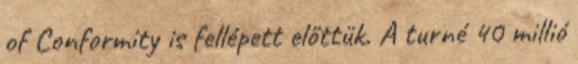
of Conformity is fellépett előttük. A turné 40 millió